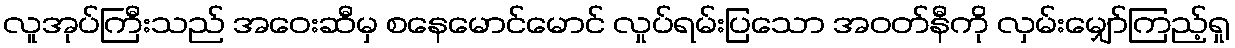
လူအုပ်ကြီးသည် အဝေးဆီမှ စနေမောင်မောင် လှုပ်ရမ်းပြသော အဝတ်နီကို လှမ်းမျှော်ကြည့်ရှု